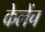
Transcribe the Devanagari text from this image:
केलेंच